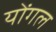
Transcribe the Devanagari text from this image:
योंगल